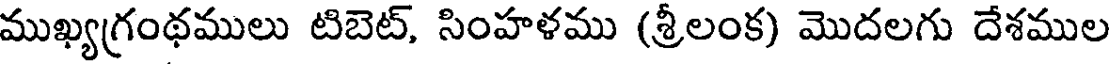
ముఖ్యగ్రంథములు టిబెట్, సింహళము (శ్రీలంక) మొదలగు దేశముల